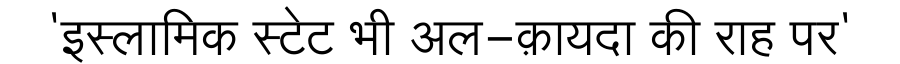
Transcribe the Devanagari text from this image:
'इस्लामिक स्टेट भी अल-क़ायदा की राह पर'